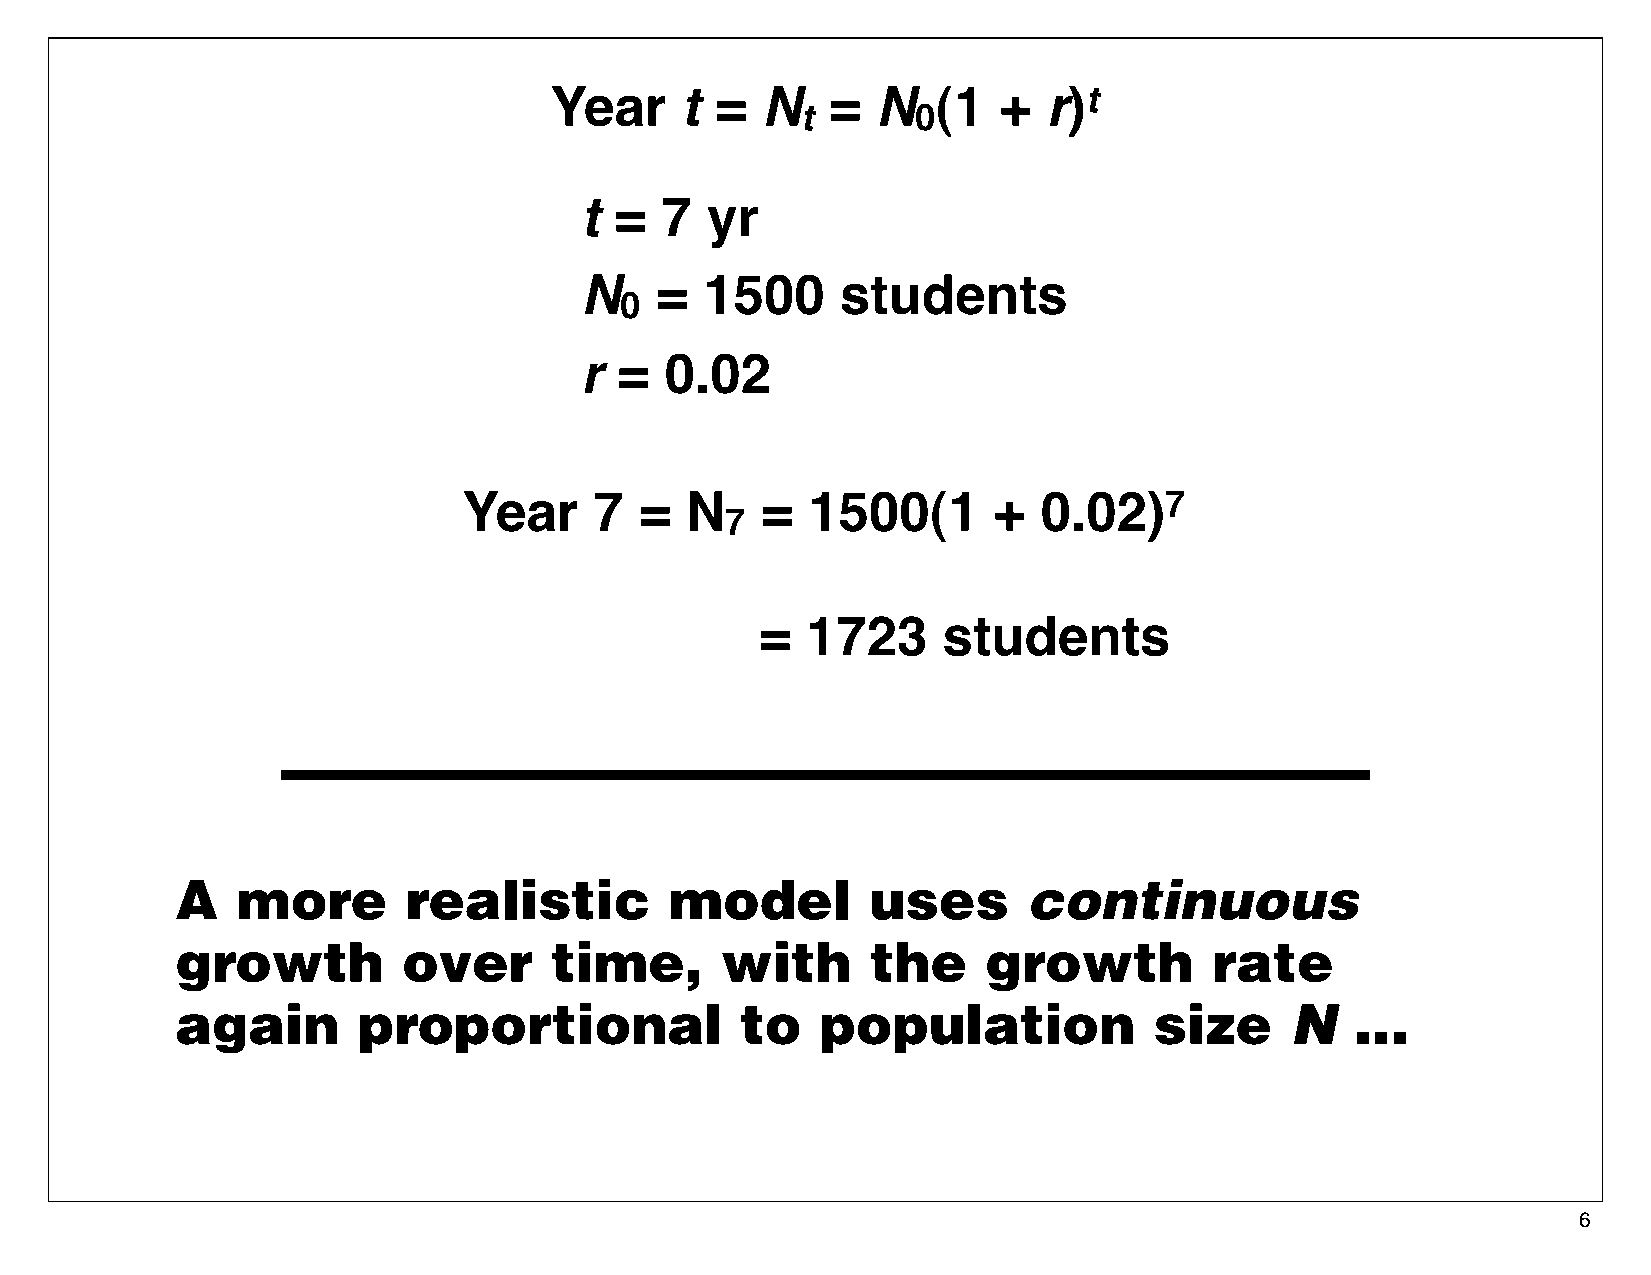
Year     t =  N    =  N   (1  +  r)t
 t       0
 t  =  7  yr
 N    =   1500     students
 0
 r  =  0.02
 Year    7  =  N    =  1500(1       +  0.02)7
 7
 =  1723     students
 A   more       realistic        model         uses      continuous
 growth         over     time,       with      the    growth         rate
 again       proportional             to   population            size     N    ...
 6